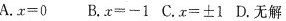
A.=0B.x=-1C.x=±1D.无解